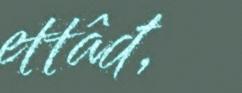
ettâđ,